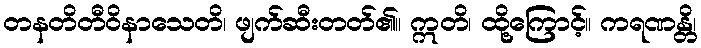
တနတိတီဝိနာသေတိ၊ ဖျက်ဆီးတတ်၏။ ဣတိ၊ ထို့ကြောင့်။ ကရဏန္တိ၊